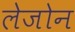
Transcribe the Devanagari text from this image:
लेजोन